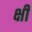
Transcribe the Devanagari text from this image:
क्षीं